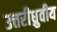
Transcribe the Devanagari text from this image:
उत्तरीध्रुवीय